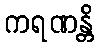
ကရဏန္တိ